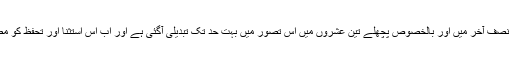
بیسویں صدی کے نصفِ آخر میں اور بالخصوص پچھلے تین عشروں میں اس تصور میں بہت حد تک تبدیلی آگئی ہے اور اب اس استثنا اور تحفظ کو مطلق نہیں مانا جاتا۔